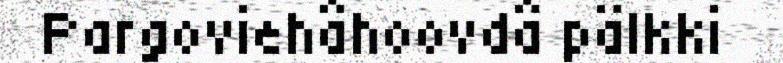
Pargoviehâhoovdâ pälkki